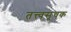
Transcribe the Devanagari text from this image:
तत्त्वसूचक